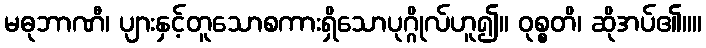
မဓုဘာဏီ၊ ပျားနှင့်တူသောစကားရှိသောပုဂ္ဂိုလ်ဟူ၍။ ဝုစ္စတိ၊ ဆိုအပ်၏။။